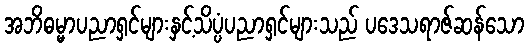
အဘိဓမ္မာပညာရှင်များနှင့်သိပ္ပံပညာရှင်များသည် ပဒေသရာဇ်ဆန်သော